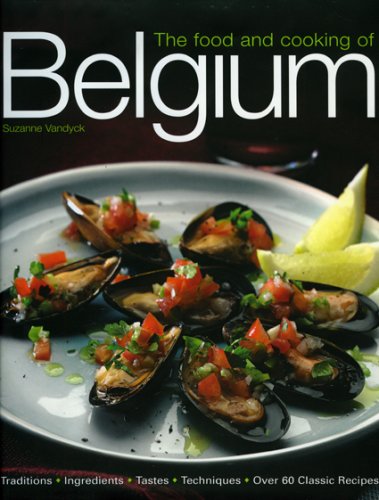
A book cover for The Food and Cooking of Belgium: Traditions   Ingredients   Tastes   Techniques   Over 60 Classic Recipes; Suzanne Vandyck; Cookbooks, Food & Wine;